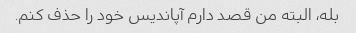
بله، البته من قصد دارم آپاندیس خود را حذف کنم.